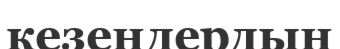
кезеңдердың